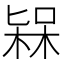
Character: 𣕷